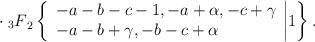
LaTeX: \begin{align*}\cdot \> {_3F}_2 \left\{\begin{array}{l}-a-b-c-1, -a+\alpha, -c+\gamma \\-a-b+\gamma, -b-c+\alpha \\\end{array}\biggr| 1 \right\}.\end{align*}